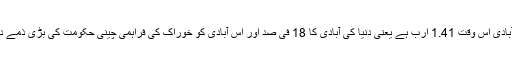
چین کی آبادی اس وقت 1.41 ارب ہے یعنی دنیا کی آبادی کا 18 فی صد اور اس آبادی کو خوراک کی فراہمی چینی حکومت کی بڑی ذمے داری ہے۔